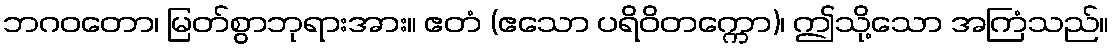
ဘဂဝတော၊ မြတ်စွာဘုရားအား။ ဧတံ (ဧသော ပရိဝိတက္ကော)၊ ဤသို့သော အကြံသည်။